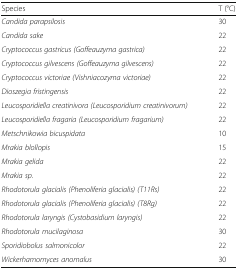
<table><thead><tr><td><b>Species</b></td><td><b>T (°C)</b></td></tr></thead><tbody><tr><td><i>Candida parapsilosis</i></td><td>30</td></tr><tr><td><i>Candida sake</i></td><td>22</td></tr><tr><td><i>Cryptococcus gastricus (Goffeauzyma gastrica)</i></td><td>22</td></tr><tr><td><i>Cryptococcus gilvescens (Goffeauzyma gilvescens)</i></td><td>22</td></tr><tr><td><i>Cryptococcus victoriae (Vishniacozyma victoriae)</i></td><td>22</td></tr><tr><td><i>Dioszegia fristingensis</i></td><td>22</td></tr><tr><td><i>Leucosporidiella creatinivora (Leucosporidium creatinivorum)</i></td><td>22</td></tr><tr><td><i>Leucosporidiella fragaria (Leucosporidium fragarium)</i></td><td>22</td></tr><tr><td><i>Metschnikowia bicuspidata</i></td><td>10</td></tr><tr><td><i>Mrakia blollopis</i></td><td>15</td></tr><tr><td><i>Mrakia gelida</i></td><td>22</td></tr><tr><td><i>Mrakia sp.</i></td><td>22</td></tr><tr><td><i>Rhodotorula glacialis (Phenoliferia glacialis) (T11Rs)</i></td><td>22</td></tr><tr><td><i>Rhodotorula glacialis (Phenoliferia glacialis) (T8Rg)</i></td><td>22</td></tr><tr><td><i>Rhodotorula laryngis (Cystobasidium laryngis)</i></td><td>22</td></tr><tr><td><i>Rhodotorula mucilaginosa</i></td><td>30</td></tr><tr><td><i>Sporidiobolus salmonicolor</i></td><td>22</td></tr><tr><td><i>Wickerhamomyces anomalus</i></td><td>30</td></tr></tbody></table>